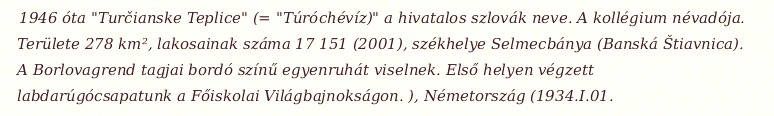
1946 óta "Turčianske Teplice" (= "Túróchévíz)" a hivatalos szlovák neve. A kollégium névadója. Területe 278 km², lakosainak száma 17 151 (2001), székhelye Selmecbánya (Banská Štiavnica). A Borlovagrend tagjai bordó színű egyenruhát viselnek. Első helyen végzett labdarúgócsapatunk a Főiskolai Világbajnokságon. ), Németország (1934.I.01.